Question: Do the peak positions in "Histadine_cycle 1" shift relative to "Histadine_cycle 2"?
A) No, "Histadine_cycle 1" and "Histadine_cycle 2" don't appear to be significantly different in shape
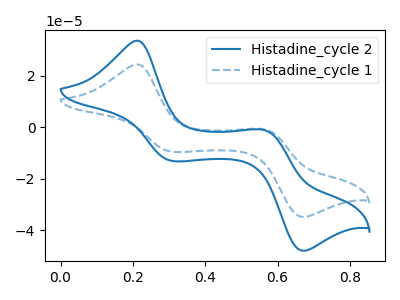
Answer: <think>The blue curve "Histadine_cycle 2" has anodic peaks at (0.20V, 33.70uA) (0.55V, -1.15uA) and cathodic peaks at (0.30V, -13.10uA) (0.65V, -48.05uA). The blue dashed curve "Histadine_cycle 1" has anodic peaks at (0.20V, 24.50uA) (0.55V, -0.85uA) and cathodic peaks at (0.30V, -9.50uA) (0.65V, -34.90uA).
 All the peaks in "Histadine_cycle 1" have a peak in "Histadine_cycle 2" at the same potential.</think>
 <answer>A) No, "Histadine_cycle 1" and "Histadine_cycle 2" don't appear to be significantly different in shape</answer>
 <eval>A</eval>